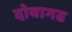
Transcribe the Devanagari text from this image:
दोवागढ